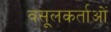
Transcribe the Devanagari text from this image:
वसूलकर्ताओं